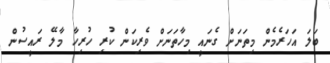
ބަލަ އަހަރެމެން މިތަނަށް ގެނައީ މިހާތަނަށް ވެރިކަން ކުރި ހުރިހާ މާލޭ ރައީސުން